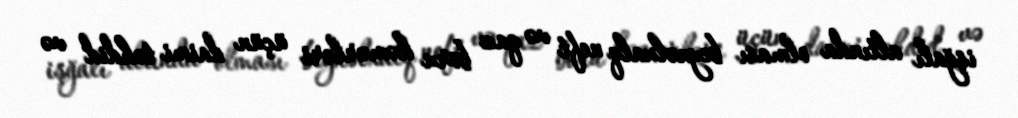
işğalı altında olması beynəlxalq neft və qaz boru kəmərləri üçün daimi təhdid və